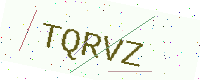
Text: TQRVZ